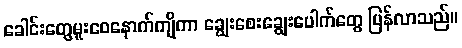
ခေါင်းတွေမူးဝေနောက်ကျိကာ ချွေးစေးချွေးပေါက်တွေ ပြန်လာသည်။